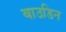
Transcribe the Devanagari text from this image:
बाउडिन